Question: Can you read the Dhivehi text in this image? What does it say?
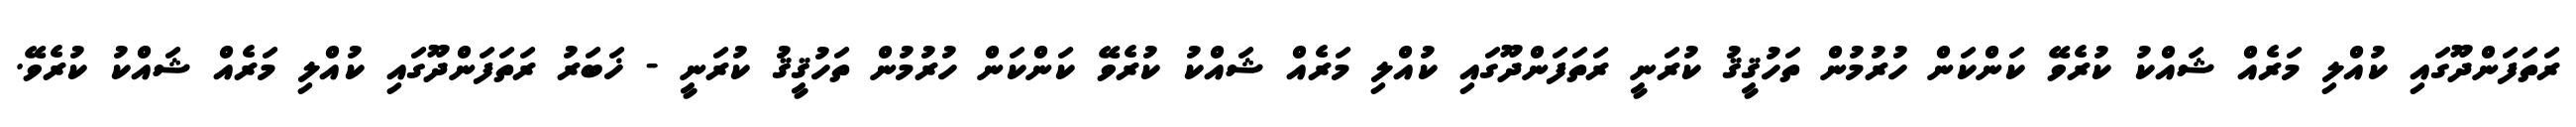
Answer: ރަތަފަންދޫގައި ކުއްލި މަރެއް ޝައްކު ކުރެވޭ ކަންކަން ހުރުމުން ތަހުޤީޤު ކުރަނީ ރަތަފަންދޫގައި ކުއްލި މަރެއް ޝައްކު ކުރެވޭ ކަންކަން ހުރުމުން ތަހުޤީޤު ކުރަނީ - ޚަބަރު ރަތަފަންދޫގައި ކުއްލި މަރެއް ޝައްކު ކުރެވޭ.